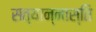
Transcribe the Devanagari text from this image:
सत्यान्नास्ति